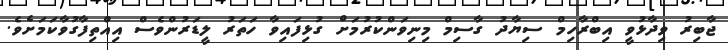
ޖާބިރު ވިދާޅުވީ އިބްރާހިމް ސިޔާދު ގާސިމް މިނިވަންކުރުމަށް ގުޅިފައިވާ ހަތަރު ލީޑަރުންވެސް އިއްތިފާގުވާކަމަށެވެ.